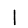
Digit: 1